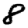
Digit: 8